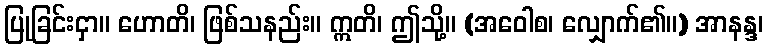
ပြုခြင်းငှာ။ ဟောတိ၊ ဖြစ်သနည်း။ ဣတိ၊ ဤသို့။ (အဝေါစ၊ လျှောက်၏။) အာနန္ဒ၊